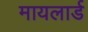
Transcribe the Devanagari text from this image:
मायलार्ड